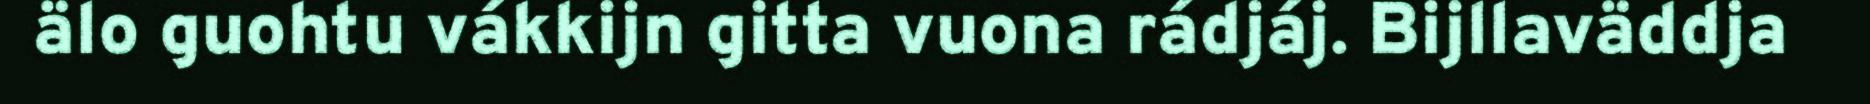
älo guohtu vákkijn gitta vuona rádjáj. Bijllaväddja